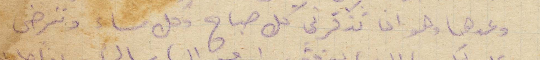
وعدها وهو ان تذكرني كل صباح وكل مساء وتترضى